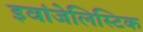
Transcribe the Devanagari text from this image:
इवांजेलिस्टिक